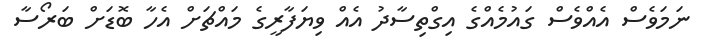
ނަމަވެސް އެއްވެސް ގައުމެއްގެ އިގްތިސާދު އެއް ވިޔަފާރީގެ މައްޗަށް އެހާ ބޮޑަށް ބަރޯސާ